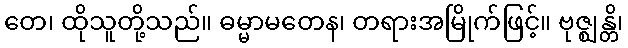
တေ၊ ထိုသူတို့သည်။ ဓမ္မာမတေန၊ တရားအမြိုက်ဖြင့်။ ဗုဇ္ဈန္တိ၊